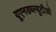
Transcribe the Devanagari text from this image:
यूएनडब्ल्यूटीओ